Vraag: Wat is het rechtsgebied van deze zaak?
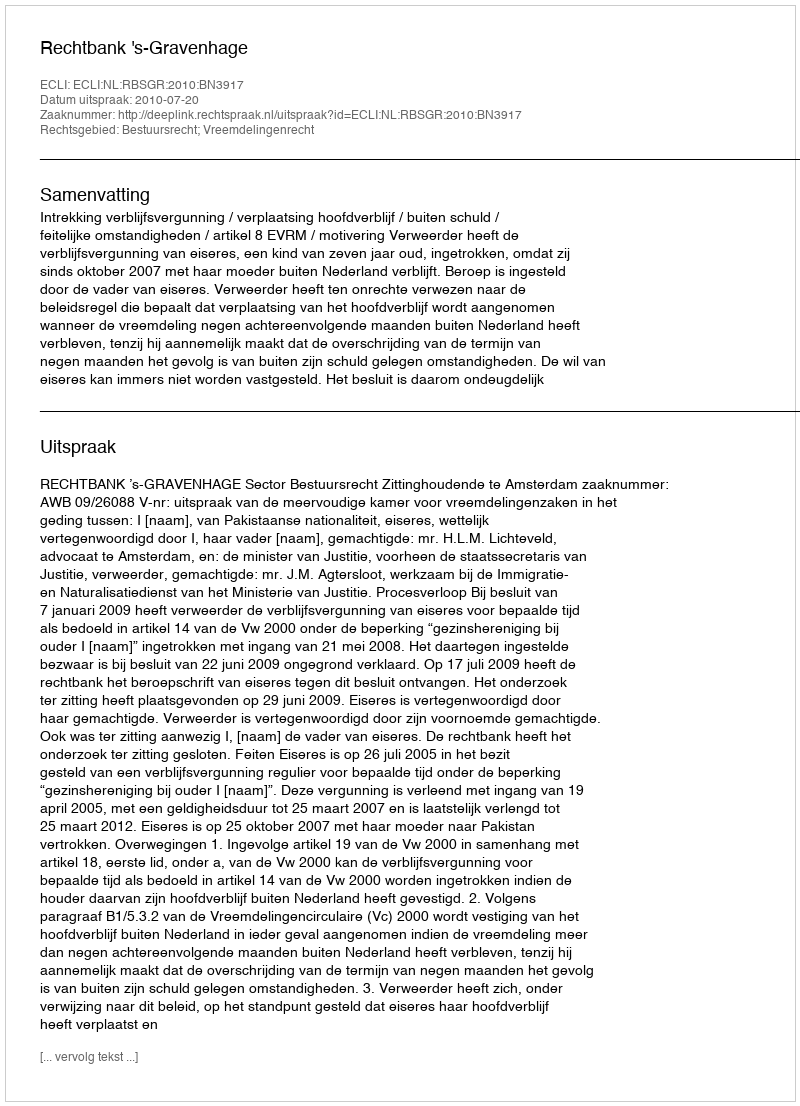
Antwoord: Bestuursrecht; Vreemdelingenrecht